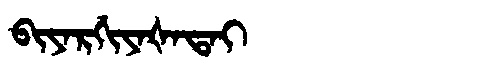
Manchu: ᠪᡳᠶᠠᡵᡤᡳᠶᠠᡧᠠᡨᠠᡳ
Romanization: BIYARGIYAŠATAI